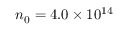
n _ { 0 } = 4 . 0 \times 1 0 ^ { 1 4 }